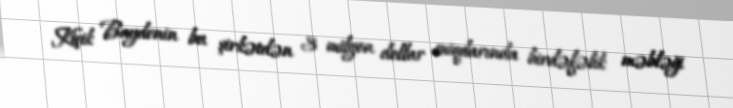
Kiçik Baydenin bu şirkətdən 3 milyon dollar miqdarında birdəfəlik məbləği